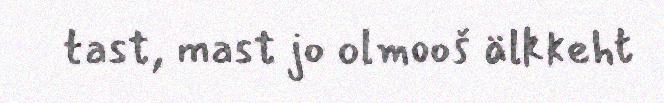
tast, mast jo olmooš älkkeht